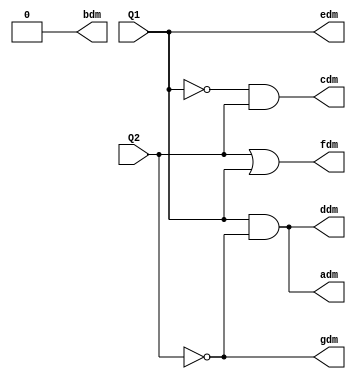
module decoder_duzen_sec(Q1, Q2, adm, bdm, cdm, ddm, edm, fdm, gdm);

	input Q1, Q2;
	output adm, bdm, cdm, ddm, edm, fdm, gdm;
	
	//LED A
	and(adm, Q1, !Q2);
	
	//LED B
	and(bdm, 0);
	
	//LED C
	and(cdm, !Q1, Q2);
	
	//LED D
	and(ddm, Q1, !Q2);
	
	//LED E
	and(edm, Q1);
	
	//LED F
	or(fdm, Q2, Q1);
	
	// LED G
	and(gdm, !Q2);

endmodule